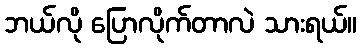
ဘယ်လို ပြောလိုက်တာလဲ သားရယ်။